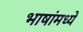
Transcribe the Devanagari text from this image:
भाषांमध्‍ये